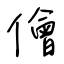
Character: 儈